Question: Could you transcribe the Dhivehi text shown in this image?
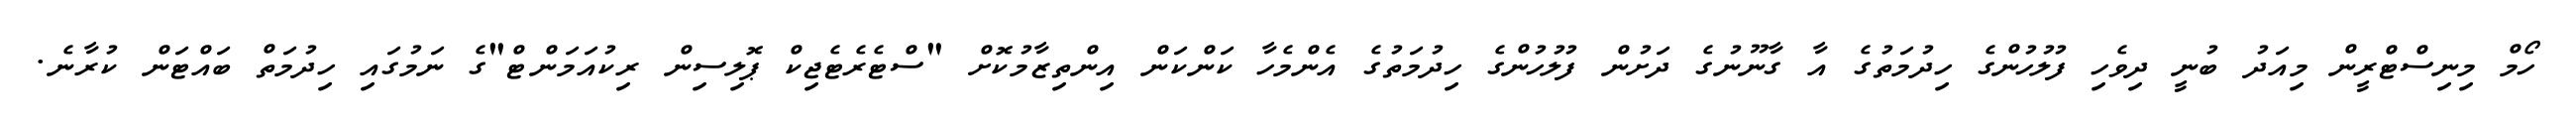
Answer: ހޯމް މިނިސްޓްރީން މިއަދު ބުނީ ދިވެހި ފުލުހުންގެ ހިދުމަތުގެ އާ ގާނޫނުގެ ދަށުން ފުލުހުންގެ ހިދުމަތުގެ އެންމެހާ ކަންކަން އިންތިޒާމުކޮށް "ސްޓެރެޓެޖިކް ޕޮލިސިން ރިކުއަމަންޓް"ގެ ނަމުގައި ހިދުމަތް ބައްޓަން ކުރާނެ.